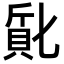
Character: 𬥔